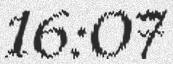
16:07